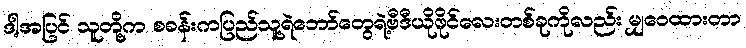
ဒါ့အပြင် သူတို့က စခန်းကပြည်သူ့ရဲဘော်တွေရဲ့ဗီဒီယိုဖိုင်လေးတစ်ခုကိုလည်း မျှဝေထားတာ